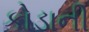
કોડાની